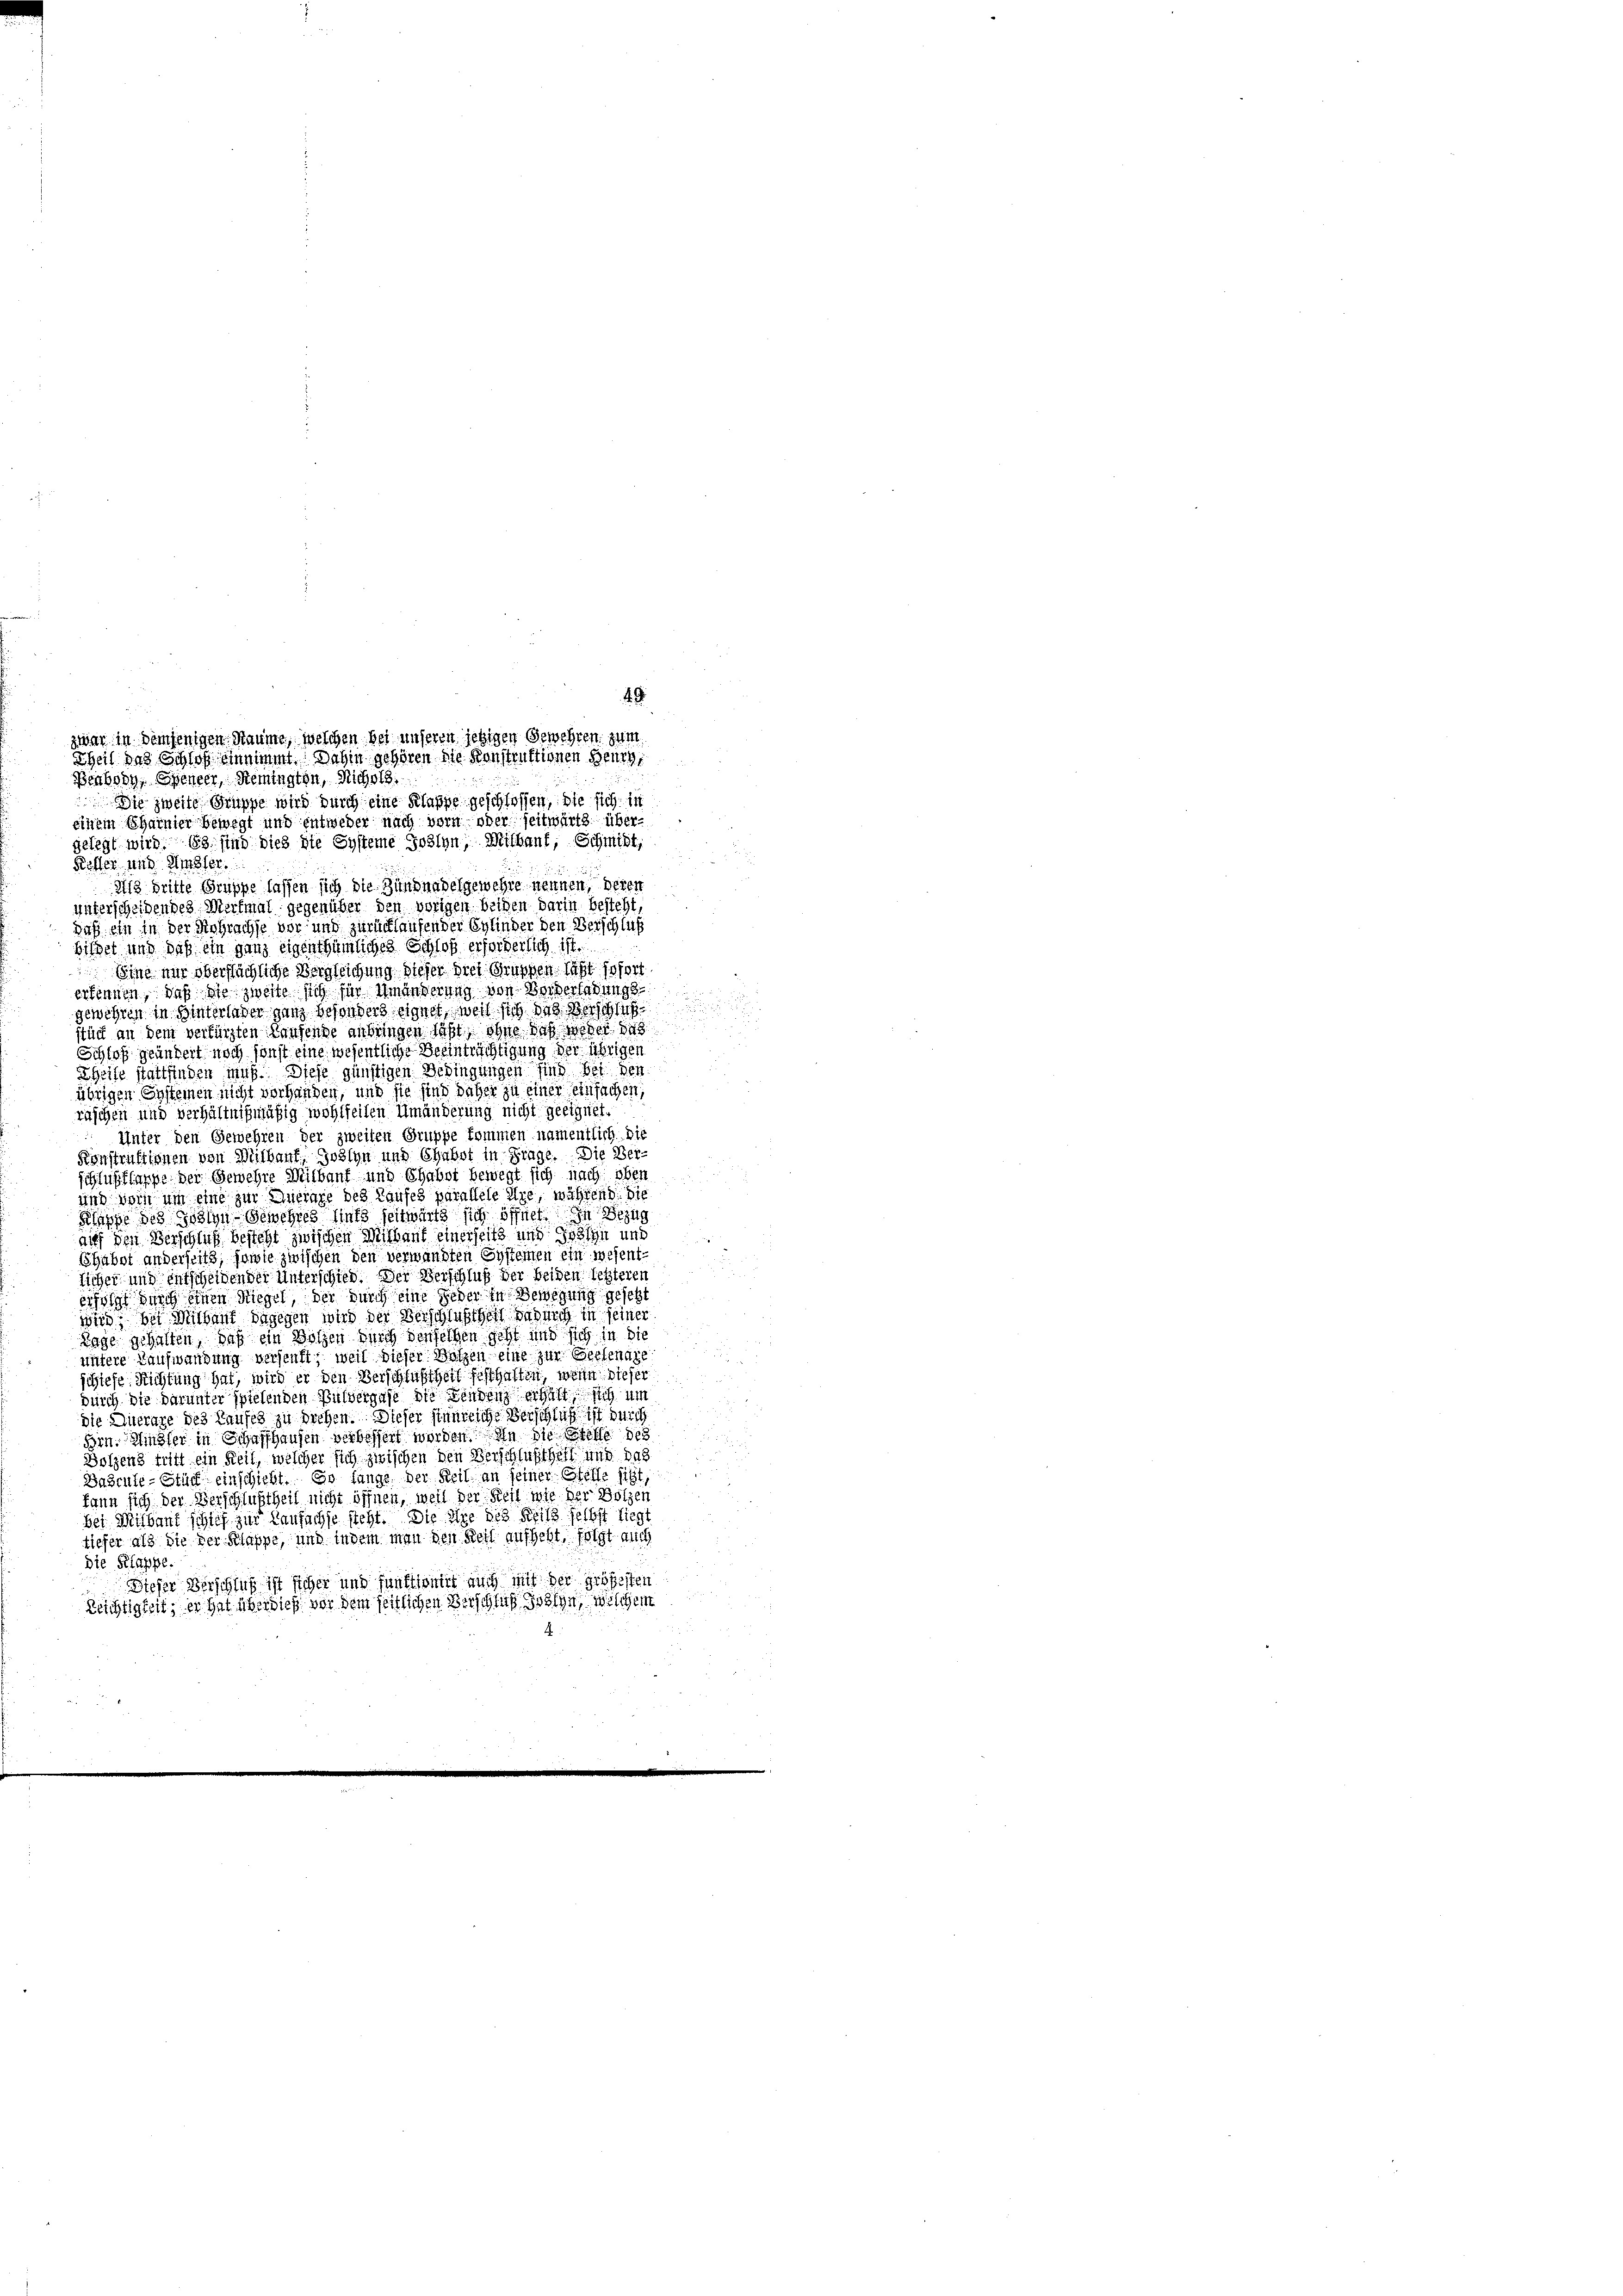
49.
zwar in demjenigen Säume, welchen bei unseren jetzigen Gewehren zum

Theil das Schloß einnimmt. Dahin gehören die Konstruktionen Herrg
Beabody, Spenger, Remington, Richolz.
 Die zweite Gruppe wird durch eine Klappe geschlossen, die sich in
einem Ehainier bewegt und entweder nach vor oder seitwärts übergelegt wird. Es sind dies die Systeme Sohlen, Mithauf; Schmidt,
Ketter und Uster.
Als dritte Gruppe lassen sich die Bündnadelgewehre nennen, beren
unterscheidendes Merkmal gegenüber den vorigen beiden darin besteht
daß ein in der Gebrachse vor und zurücklaufender Eglinder den Verschluß
bildet und daß ein ganz eigenthümliches Schloß erforderlich ist.
Eine nur oberflächliche Vergleichung dieser drei Gruppen läßt sofort
erkennen, daß sie zweite sich für Umänderung von Borderladungs
gewehren in Winterleder ganz besonders eignet, weil sich das Zürich
stück an dem verfürsten Kaufende anbringen laßt, ohne daß weder 849
Schloß geändert noch sonst eine wesentliche Beeinträchtigung der übrigen
Seife stattfinden muß. Diese günstigen Bedingungen sind bei den
übrigen Systemen nicht vorhanden, und sie sind daher zu einer einfachen,
räschen und verhältnißmäßig wohlfeiten Umänderung nicht geeignet.
Unter den Gewehren der zweiten Gruppe kommen namentlich. Die
Konstruktionen von Weilhant, Joslyn und Chabot in Frage. Die Ver-
schlusslange der Gewehre Milbaut und Ehaber bewegt sich nach oben
und von um eine zur Antrage des Laufes parallele Axe, während die
Klappe des Goslyn- Gewehres hinte seitwärts sich öffnet in Bezug
auch den Verschlug besteht zwischen Mithant einerseits und sohin und
Shabst anderseits, sowie zwischen den verwandten Systemen ein wesentlicher und Entscheiden der Unterschied. Der Verschluß der beiden letzteren
erfolgung einen Riegel, der durch eine jeder in Bewegung gesetzt
wird; bei Willent dagegen wird der Verschlußthen dadurch in seiner
Tage gehalten, daß ein Holzen durch denselben geht und sich in die
untere Kaufwandung versenft; weil dieser Bützen eine zur Seelenage
schiefe Richtung hat, wird er den Verschlußtheit festhaften, wenn dieser
durch die darunter spielenden Pulvergase die Tendenz erhält sich um
die Dierage des Laufes zu dichen. Dieser sinnreiche Verschluß ist durch
Hrn. Hinter in Schaffhausen verbessert worden. In die Stelle des
Bolzens tritt ein Reit, welcher sich zwischen den Verschlußthalt und das
Dabrule-Stück einschicht. Er fänge der Keil an seiner Stelle sitzt,
kann sich der Verschluchtheil nicht öffnen, weil der Feil wie der Bolzen
bei Mithant schief zur Kaufachse steht. Die Axe des Kelle selbst liegt
tiefer als die der Klappe, und indem man den Weil aufhebt, folgt auch
Die Klappe.
Sieser Verschluß ist sicher und funktionirt auch mit der größesten
Reichtigkeit, er hat über dieß vor dem seitlichen Verschluß seyn, welchem

s